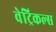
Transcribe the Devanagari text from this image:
वेट्रिकल्स